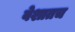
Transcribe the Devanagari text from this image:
वेशातच